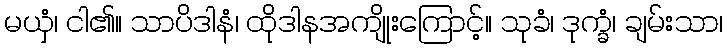
မယှံ၊ ငါ၏။ သာပိဒါနံ၊ ထိုဒါနအကျိုးကြောင့်။ သုခံ၊ ဒုက္ခံ၊ ချမ်းသာ၊